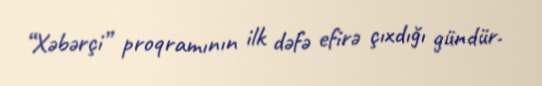
“Xəbərçi” proqramının ilk dəfə efirə çıxdığı gündür.